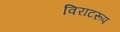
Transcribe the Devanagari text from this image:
विराटरूप